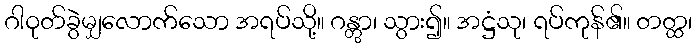
ဂါဝုတ်ခွဲမျှလောက်သော အရပ်သို့။ ဂန္တွာ၊ သွား၍။ အဋ္ဌံသု၊ ရပ်ကုန်၏။ တတ္ထ၊